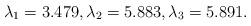
LaTeX: \begin{align*}\lambda_1 = 3.479, \lambda_2 = 5.883, \lambda_3 = 5.891.\end{align*}